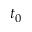
t _ { 0 }